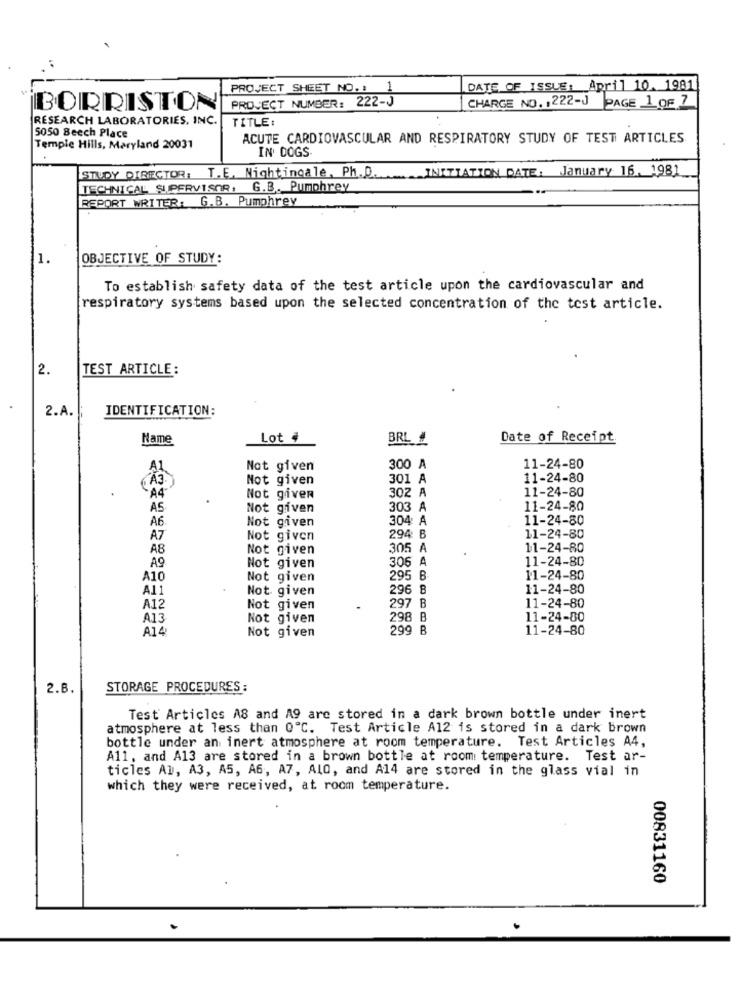
PROJECT SHEET NO. : 1
DATE OF ISSUE: April 10. 1981
PROJECT NUMBER: 222-J
BORRIST.ON
CHARGE NO. 1222-J PAGE 1 OF 7
RESEARCH LABORATORIES, INC.
TITLE:
5050 Beech Place
ACUTE CARDIOVASCULAR AND RESPIRATORY STUDY OF TEST ARTICLES
Tempie Hills, Maryland 20031
IN DOGS
STUDY DIRECTOR: T.E. Nightingale, Ph.D.
.... INITIATION DATE, January 16. 1981
TECHNICAL SUPERVISOR, G.B. Pumphrey
REPORT WRITER: G.B. Pumphrey
1.
OBJECTIVE OF STUDY:
To establish safety data of the test article upon the cardiovascular and
respiratory systems based upon the selected concentration of the test article.
2.
TEST ARTICLE:
2.A.
IDENTIFICATION:
Name
Lot #
BRL #
Date of Receipt
Not given
300 A
11-24-80
Â3
Not given
301 A
11-24-80
302 A
11-24-80
A4
Not given
AS
Not given
303 A
11-24-80
Not given
304 A
11-24-80
A6
A7
Not given
294 B
11-24-80
A8
Not given
305 A
11-24-80
306 A
11-24-80
A9
Not given
A10
Not given
295 B
11-24-80
A11
Not given
296 B
11-24-80
A12
Not given
297 B
11-24-80
A13
Not given
298 B
11-24-80
A14
Not given
299 B
11-24-80
2.B.
STORAGE PROCEDURES :
Test Articles A8 and A9 are stored in a dark brown bottle under inert
atmosphere at less than 0º℃. Test Article A12 is stored in a dark brown
bottle under an inert atmosphere at room temperature. Test Articles A4,
A11, and A13 are stored in a brown bottle at room temperature. Test ar-
ticles Al, A3, A5, A6, A7, ALO, and A14 are stored in the glass vial in
which they were received, at room temperature.
00831160